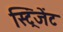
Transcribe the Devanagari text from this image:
स्ट्रिंजेंट